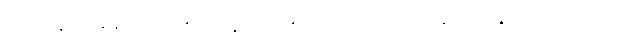
သေခါနီးအချိန်က သူ့မိန်းမရဲ့ ခံစားချက်တွေကို ကိုယ်ချင်းစာနိုင်သွားတယ်တဲ့